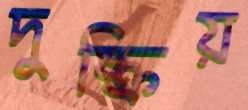
দুষ্ক্রিয়